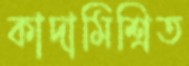
কাদামিশ্রিত